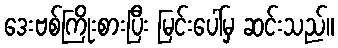
ဒေးဗစ်ကြိုးစားပြီး မြင်းပေါ်မှ ဆင်းသည်။